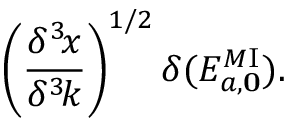
\left( { \frac { \delta ^ { 3 } \! x } { \delta ^ { 3 } \! k } } \right) ^ { 1 / 2 } \delta ( { \cal E } _ { a , \bf 0 } ^ { M \mathrm { I } } ) .